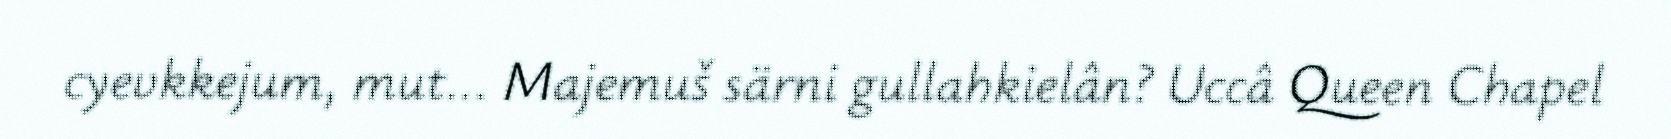
cyevkkejum, mut... Majemuš särni gullahkielân? Uccâ Queen Chapel